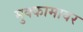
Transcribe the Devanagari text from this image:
मुक्कामावर